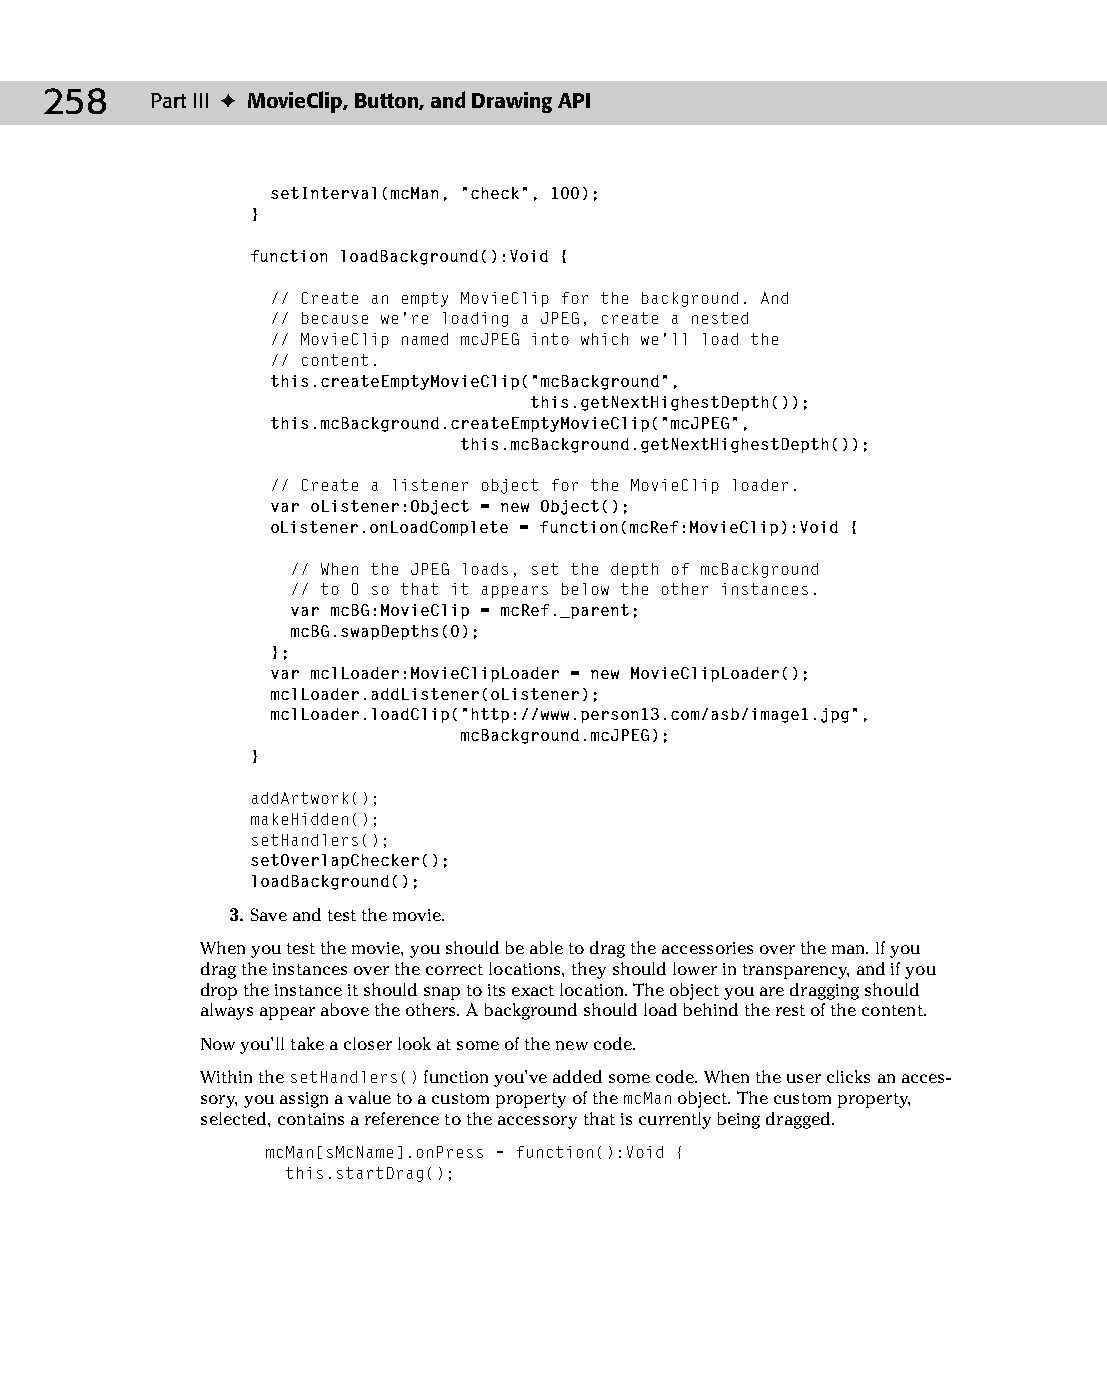
13 543547 ch09.qxd 3/24/04 3:49 PM Page 258
 258    Part III ✦ MovieClip, Button, and Drawing API
 setInterval(mcMan, “check”, 100);
 }
 function loadBackground():Void {
 // Create an empty MovieClip for the background. And
 // because we’re loading a JPEG, create a nested
 // MovieClip named mcJPEG into which we’ll load the
 // content.
 this.createEmptyMovieClip(“mcBackground”,
 this.getNextHighestDepth());
 this.mcBackground.createEmptyMovieClip(“mcJPEG”,
 this.mcBackground.getNextHighestDepth());
 // Create a listener object for the MovieClip loader.
 var oListener:Object = new Object();
 oListener.onLoadComplete = function(mcRef:MovieClip):Void {
 // When the JPEG loads, set the depth of mcBackground
 // to 0 so that it appears below the other instances.
 var mcBG:MovieClip = mcRef._parent;
 mcBG.swapDepths(0);
 };
 var mclLoader:MovieClipLoader = new MovieClipLoader();
 mclLoader.addListener(oListener);
 mclLoader.loadClip(“http://www.person13.com/asb/image1.jpg”,
 mcBackground.mcJPEG);
 }
 addArtwork();
 makeHidden();
 setHandlers();
 setOverlapChecker();
 loadBackground();
 3. Save and test the movie.
 When you test the movie, you should be able to drag the accessories over the man. If you
 drag the instances over the correct locations, they should lower in transparency, and if you
 drop the instance it should snap to its exact location. The object you are dragging should
 always appear above the others. A background should load behind the rest of the content.
 Now you’ll take a closer look at some of the new code.
 Within the setHandlers() function you’ve added some code. When the user clicks an acces­
 sory, you assign a value to a custom property of the mcMan object. The custom property,
 selected, contains a reference to the accessory that is currently being dragged.
 mcMan[sMcName].onPress = function():Void {
 this.startDrag();